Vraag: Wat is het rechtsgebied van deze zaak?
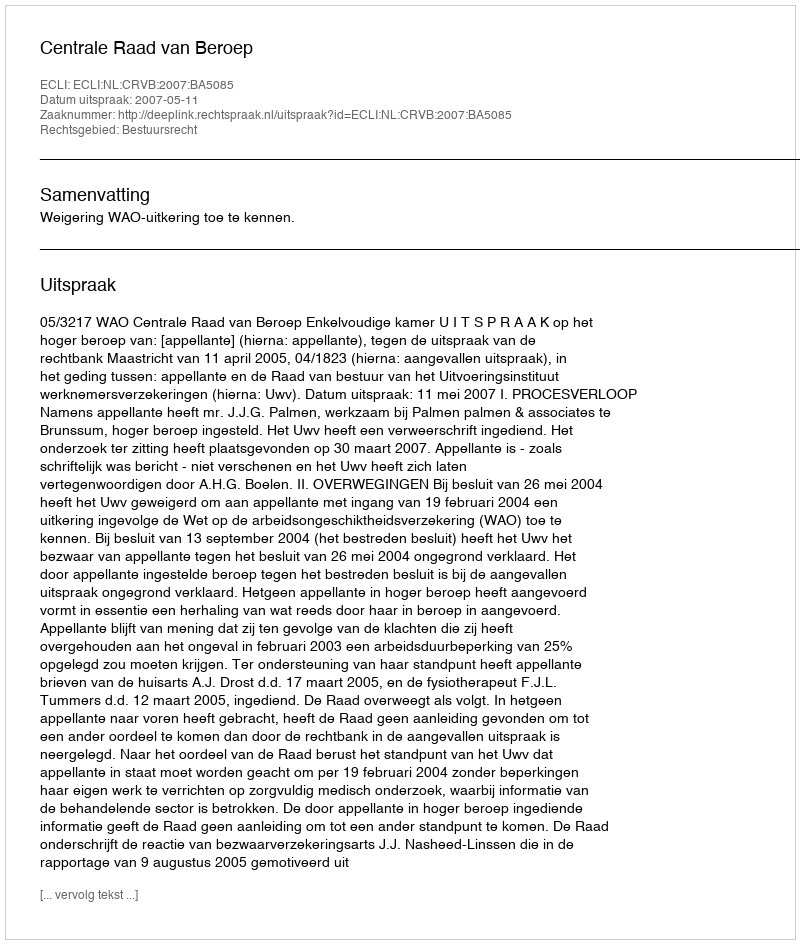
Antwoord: Bestuursrecht